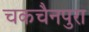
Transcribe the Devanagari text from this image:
चकचैनपुरा